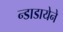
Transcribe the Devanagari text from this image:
न्डाडायेने